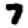
Digit: 7